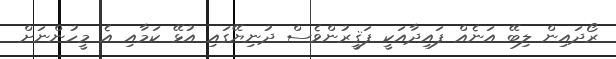
ރޯދައިން ލިބޭ އަނެއް ފައިދާއަކީ ފަޤީރުންވެސް ދުނިޔޭގައި އުޅޭ ކަމާއި އެ މީހުންނަށް